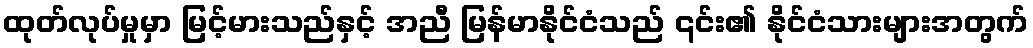
ထုတ်လုပ်မှုမှာ မြင့်မားသည်နှင့် အညီ မြန်မာနိုင်ငံသည် ၎င်း၏ နိုင်ငံသားများအတွက်